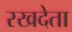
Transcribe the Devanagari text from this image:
रखदेता